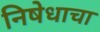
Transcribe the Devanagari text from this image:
निषेधाचा